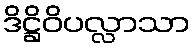
ဒိဋ္ဌိဝိပလ္လာသာ